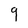
Character: 9